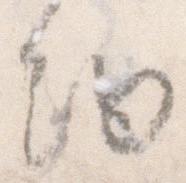
細